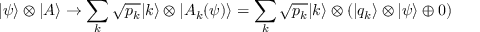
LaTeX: | \psi \rangle \otimes | A \rangle \rightarrow \sum _ { k } { \sqrt { p _ { k } } } | k \rangle \otimes | A _ { k } ( \psi ) \rangle = \sum _ { k } { \sqrt { p _ { k } } } | k \rangle \otimes ( | q _ { k } \rangle \otimes | \psi \rangle \oplus 0 )